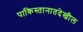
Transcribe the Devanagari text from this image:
पाकिस्तानातदेखील